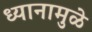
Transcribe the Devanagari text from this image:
ध्यानामुळे